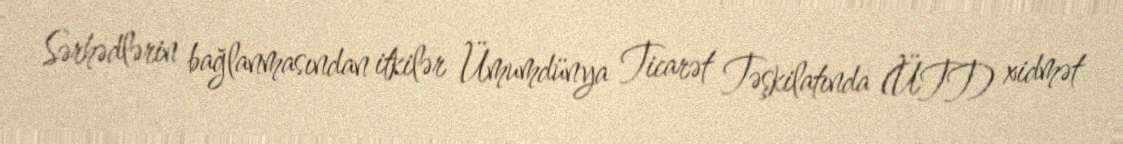
Sərhədlərin bağlanmasından itkilər Ümumdünya Ticarət Təşkilatında (ÜTT) xidmət